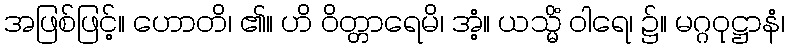
အဖြစ်ဖြင့်။ ဟောတိ၊ ၏။ ဟိ ဝိတ္တာရေမိ၊ အံ့။ ယသ္မိံ ဝါရေ၊ ၌။ မဂ္ဂဝုဋ္ဌာနံ၊